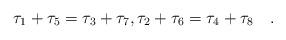
LaTeX: \begin{align*} \tau_1+\tau_5=\tau_3+\tau_7,\tau_2+\tau_6=\tau_4+\tau_8\quad.\end{align*}